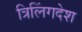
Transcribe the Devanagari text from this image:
त्रिलिंगदेश